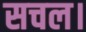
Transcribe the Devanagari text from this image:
सचल।